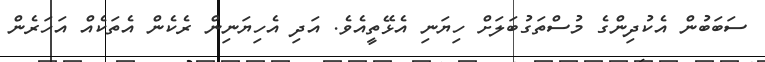
ސަބަބުން އެކުދިންގެ މުސްތަގުބަލަށް ހިޔަނި އެޅޭތީއެވެ. އަދި އެހިޔަނިން ރެކެން އެތަކެއް އަހަރެން